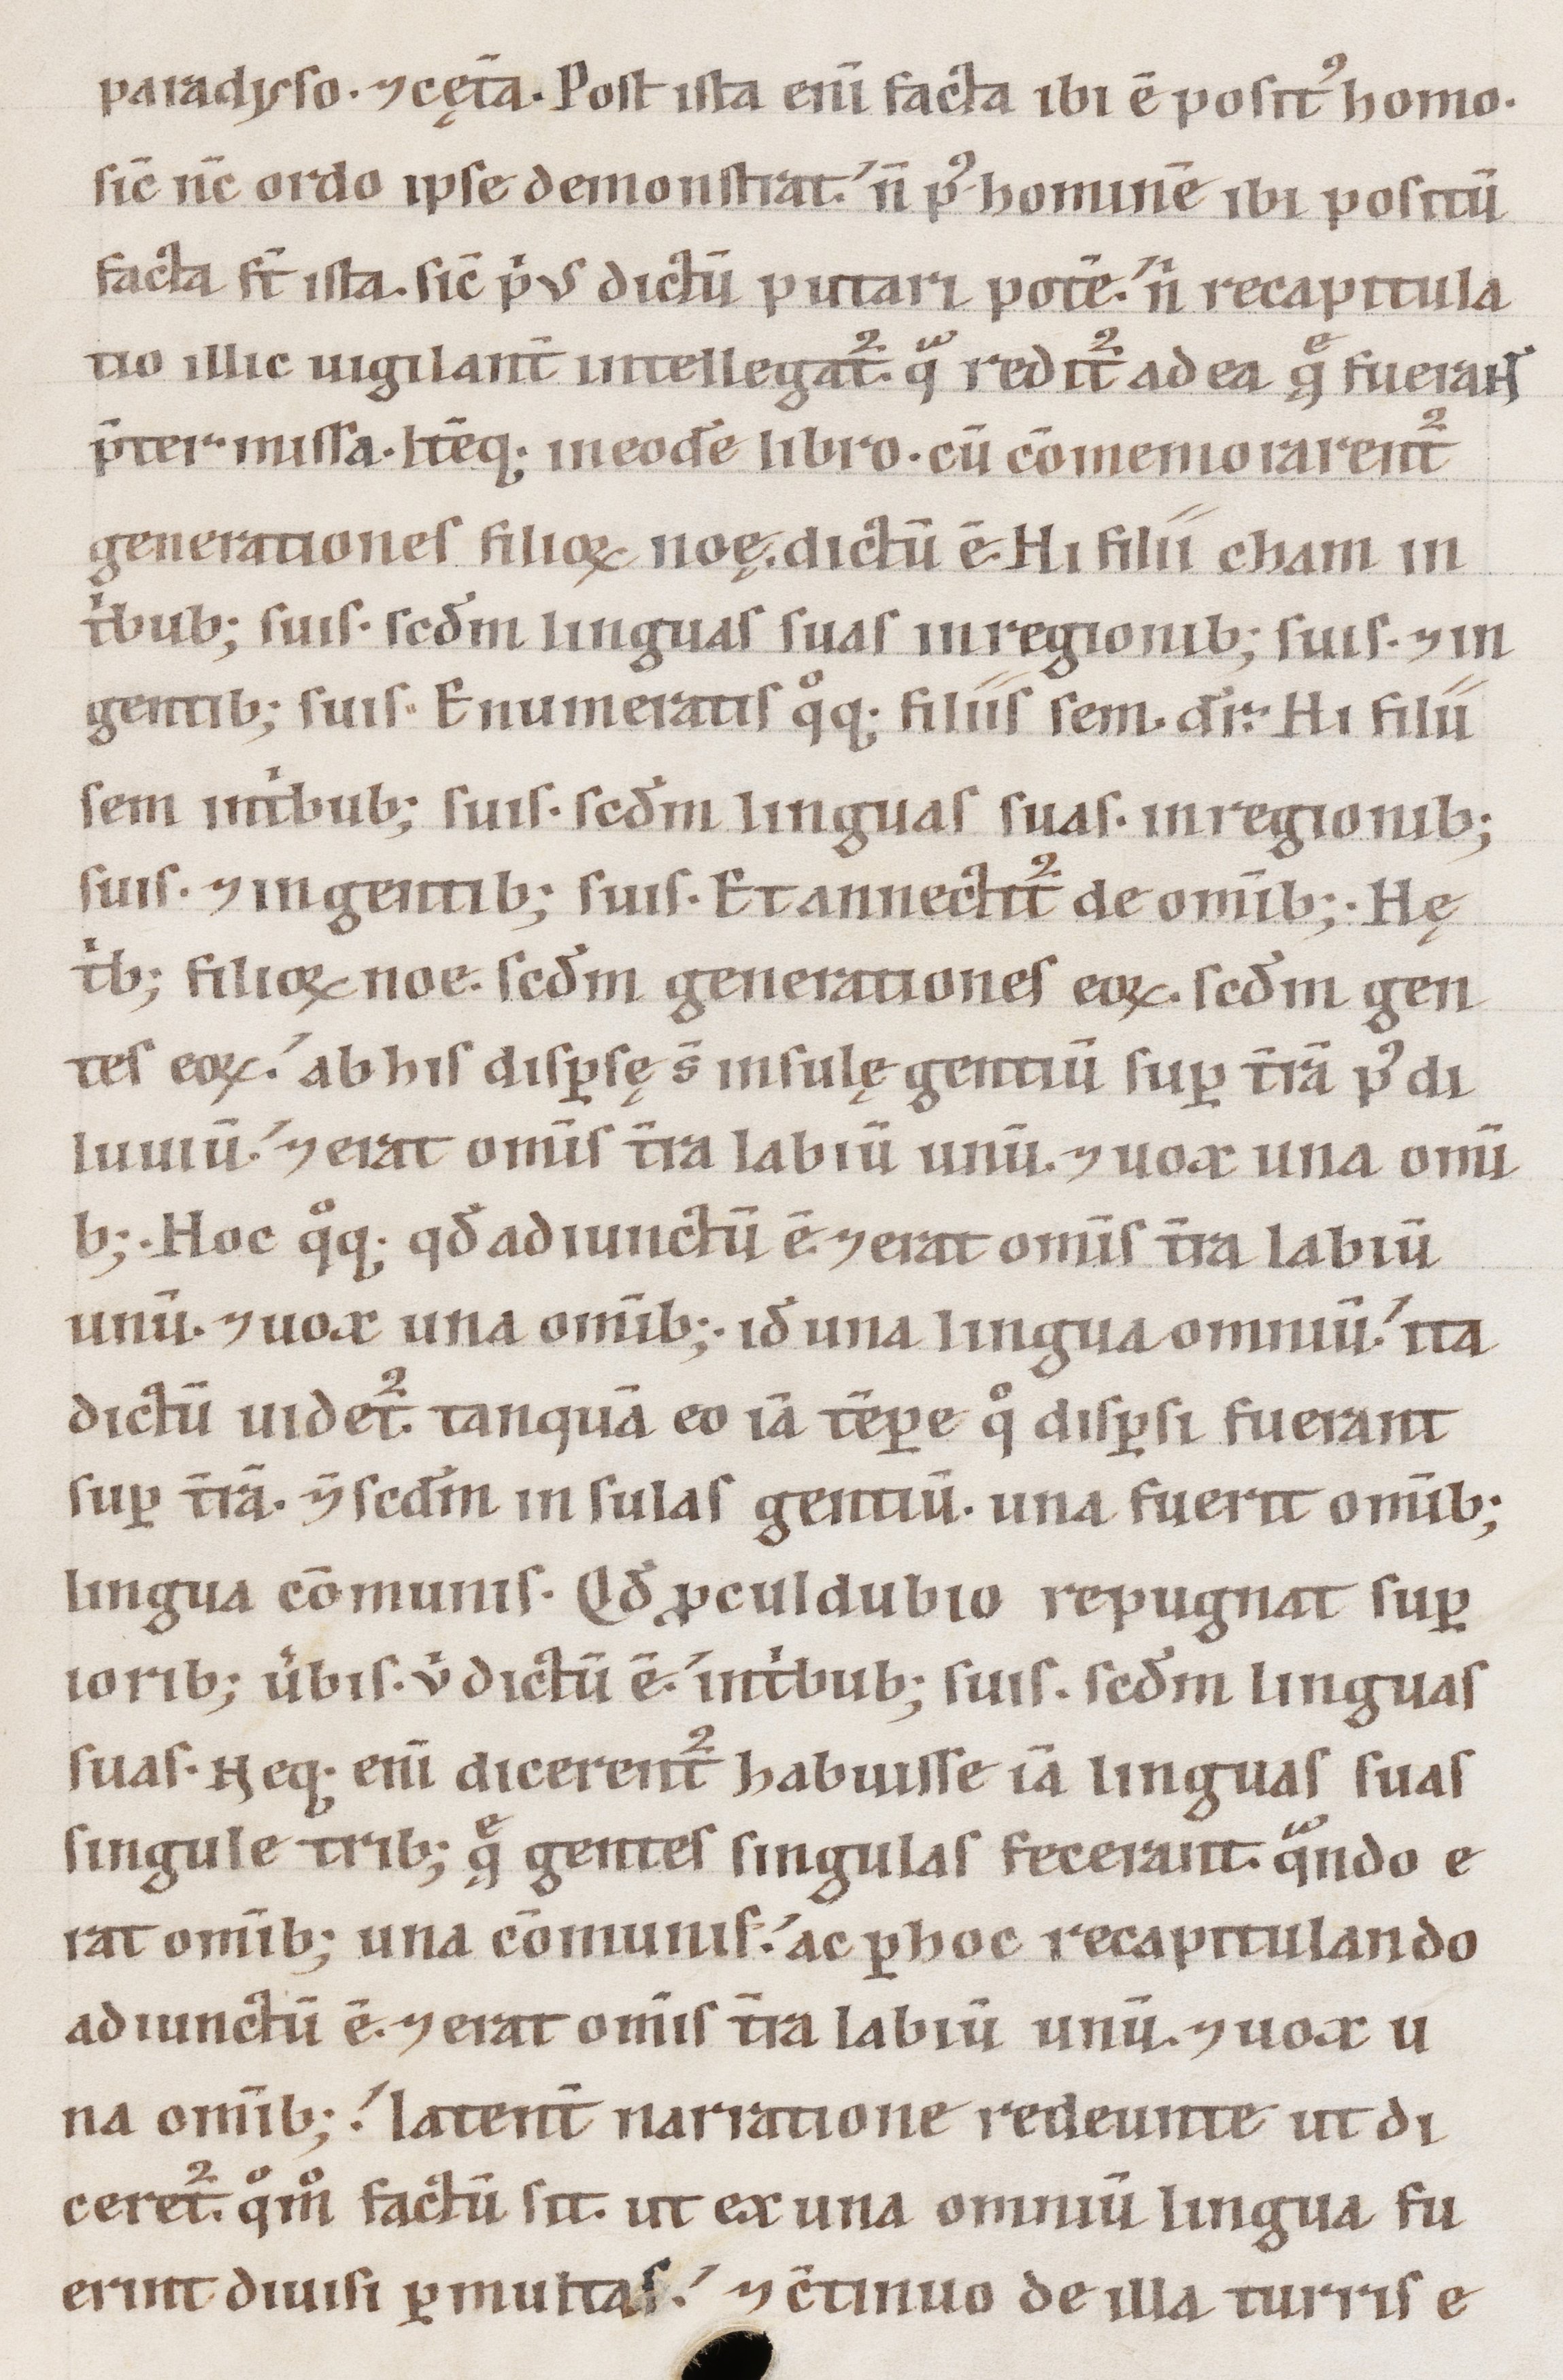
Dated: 1100–1199